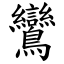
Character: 鸞